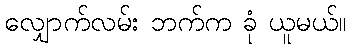
လျှောက်လမ်း ဘက်က ခုံ ယူမယ်။